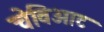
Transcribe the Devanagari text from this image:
चेविओट